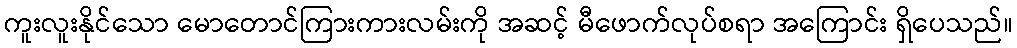
ကူးလူးနိုင်သော မောတောင်ကြားကားလမ်းကို အဆင့် မီဖောက်လုပ်စရာ အကြောင်း ရှိပေသည်။